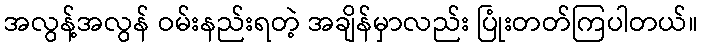
အလွန့်အလွန် ဝမ်းနည်းရတဲ့ အချိန်မှာလည်း ပြုံးတတ်ကြပါတယ်။